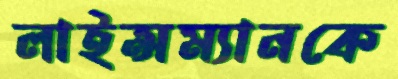
লাইন্সম্যানকে